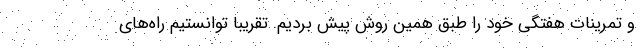
و تمرینات هفتگی خود را طبق همین روش پیش بردیم. تقریبا توانستیم راه‌های